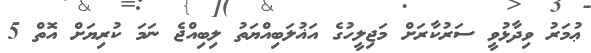
ޢުމަރު ވިދާޅުވީ ސަރުކާރަށް މަޖިލީހުގެ އަޣުލަބިއްޔަތު ލިބިއްޖެ ނަމަ ކުރިޔަށް އޮތް 5